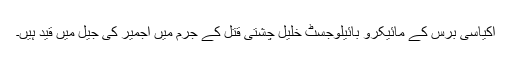
اکیاسی برس کے مائيکرو بائیلوجسٹ خلیل چشتی قتل کے جرم میں اجمیر کی جیل میں قید ہیں۔